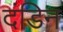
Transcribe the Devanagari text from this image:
दंडिन